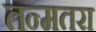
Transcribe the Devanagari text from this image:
तन्मतरा